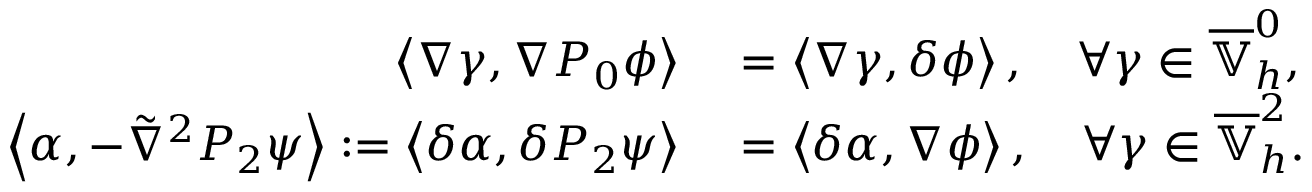
\begin{array} { r l } { \left\langle \nabla \gamma , \nabla P _ { 0 } \phi \right\rangle } & { { } = \left\langle \nabla \gamma , \delta \phi \right\rangle , \quad \forall \gamma \in \overline { { \mathbb { V } } } _ { h } ^ { 0 } , } \\ { \left\langle \alpha , - \tilde { \nabla } ^ { 2 } P _ { 2 } \psi \right\rangle : = \left\langle \delta \alpha , \delta P _ { 2 } \psi \right\rangle } & { { } = \left\langle \delta \alpha , \nabla \phi \right\rangle , \quad \forall \gamma \in \overline { { \mathbb { V } } } _ { h } ^ { 2 } . } \end{array}